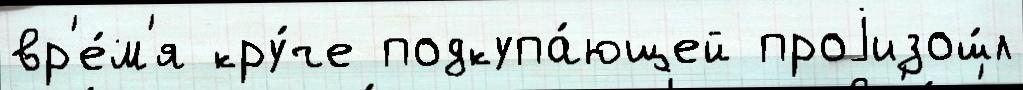
вр'е́м'я кру́че подкупа́ющей проjизош́л